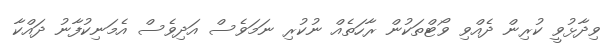
ވިދާޅުވީ ކުރިން ދެއްވި ވޯޓްތަކުން ރާހަތެއް ނުކުރި ނަމަވެސް އަދިވެސް އެމަނިކުފާނު ދައްކާ